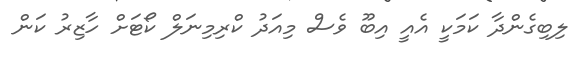
ލިބިގެންދާ ކަމަކީ އެއީ އިބޫ ވެސް މިއަދު ކްރިމިނަލް ކޯޓަށް ހާޒިރު ކަން